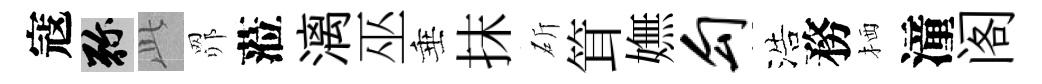
寇弥𬼘𦊑蒞漓巫垂抹斫䇯嫵勾浩務栖潼阁